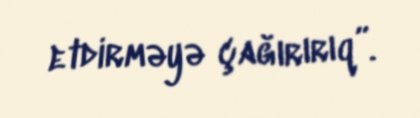
etdirməyə çağırırıq”.